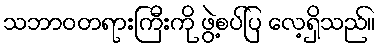
သဘာဝတရားကြီးကို ဖွဲ့စပ်ပြ လေ့ရှိသည်။